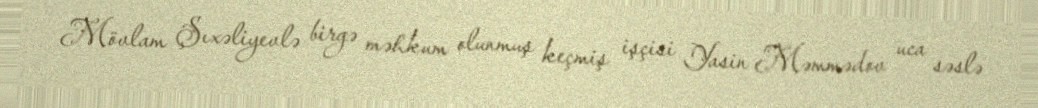
Mövlam Şıxəliyevlə birgə məhkum olunmuş keçmiş işçisi Yasin Məmmədov uca səslə